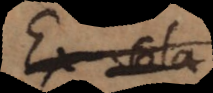
Ex sola